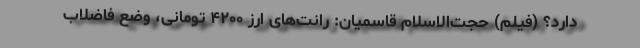
دارد؟ (فیلم) حجت‌الاسلام قاسمیان: رانت‌های ارز ۴۲۰۰ تومانی، وضع فاضلاب